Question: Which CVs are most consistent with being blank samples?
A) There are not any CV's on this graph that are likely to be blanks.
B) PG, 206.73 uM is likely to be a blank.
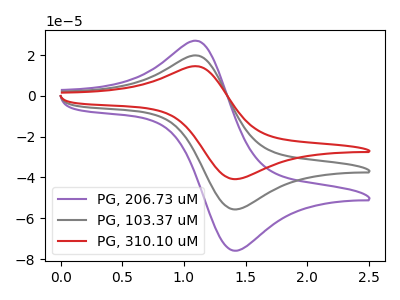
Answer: <think>The purple curve "PG, 206.73 uM" has an anodic peak at (1.10V, 26.75uA) and a cathodic peak at (1.40V, -75.95uA). The gray curve "PG, 103.37 uM" has an anodic peak at (1.10V, 19.65uA) and a cathodic peak at (1.40V, -55.70uA). The red curve "PG, 310.10 uM" has an anodic peak at (1.10V, 39.25uA) and a cathodic peak at (1.40V, -111.45uA).</think>
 <answer>A) There are not any CV's on this graph that are likely to be blanks.</answer>
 <eval>A</eval>